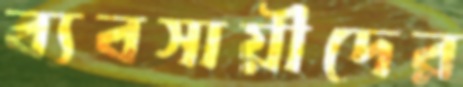
ব্যবসায়ীদের